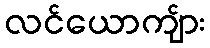
လင်ယောကျ်ား